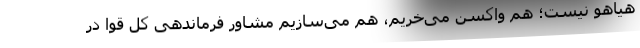
هیاهو نیست؛ هم واکسن می‌خریم، هم می‌سازیم مشاور فرماندهی کل قوا در